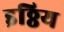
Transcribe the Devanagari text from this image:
इठ्ठिय